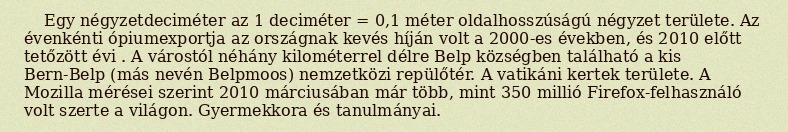
Egy négyzetdeciméter az 1 deciméter = 0,1 méter oldalhosszúságú négyzet területe. Az évenkénti ópiumexportja az országnak kevés híján volt a 2000-es években, és 2010 előtt tetőzött évi . A várostól néhány kilométerrel délre Belp községben található a kis Bern-Belp (más nevén Belpmoos) nemzetközi repülőtér. A vatikáni kertek területe. A Mozilla mérései szerint 2010 márciusában már több, mint 350 millió Firefox-felhasználó volt szerte a világon. Gyermekkora és tanulmányai.